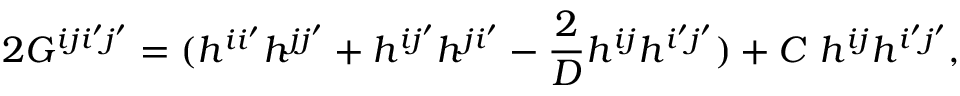
2 G ^ { i j i ^ { \prime } j ^ { \prime } } = ( h ^ { i i ^ { \prime } } h ^ { j j ^ { \prime } } + h ^ { i j ^ { \prime } } h ^ { j i ^ { \prime } } - \frac { 2 } { D } h ^ { i j } h ^ { i ^ { \prime } j ^ { \prime } } ) + C ~ h ^ { i j } h ^ { i ^ { \prime } j ^ { \prime } } ,